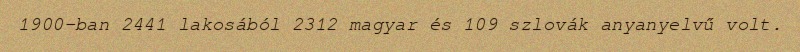
1900-ban 2441 lakosából 2312 magyar és 109 szlovák anyanyelvű volt.